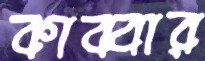
কাব্বার